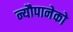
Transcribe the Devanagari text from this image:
न्यौपानेको